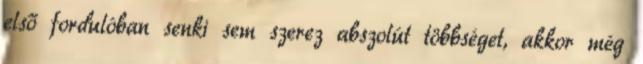
első fordulóban senki sem szerez abszolút többséget, akkor még